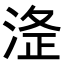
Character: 𭰸